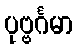
ပုဗ္ဗင်္ဂမာ